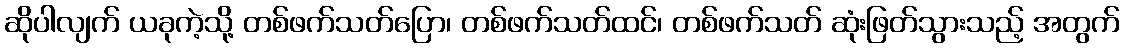
ဆိုပါလျက် ယခုကဲ့သို့ တစ်ဖက်သတ်ပြော၊ တစ်ဖက်သတ်ထင်၊ တစ်ဖက်သတ် ဆုံးဖြတ်သွားသည့် အတွက်